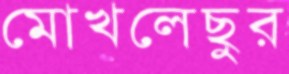
মোখলেছুর